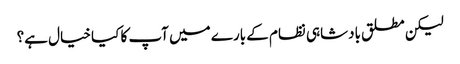
لیکن مطلق بادشاہی نظام کے بارے میں آپ کا کیا خیال ہے؟